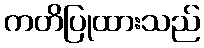
ကတိပြုထားသည်